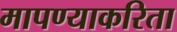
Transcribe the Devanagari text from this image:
मापण्याकरिता